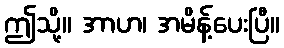
ဤသို့။ အာဟ၊ အမိန့်ပေးပြီ။